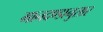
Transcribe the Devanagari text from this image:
मानदण्डानुसार